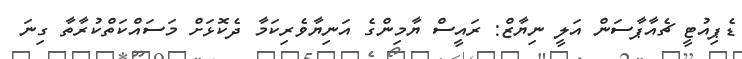
ޑެޕިއުޓީ ޗެއާޕާސަން އަލީ ނިޔާޒް: ރައީސް ޔާމިންގެ އަނިޔާވެރިކަމާ ދެކޮޅަށް މަސައްކަތްކުރާތާ ގިނަ